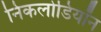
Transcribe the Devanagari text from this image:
निकलोडियॉन